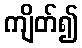
ကျိတ်၍